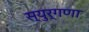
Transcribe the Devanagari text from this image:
स्युर्गणा